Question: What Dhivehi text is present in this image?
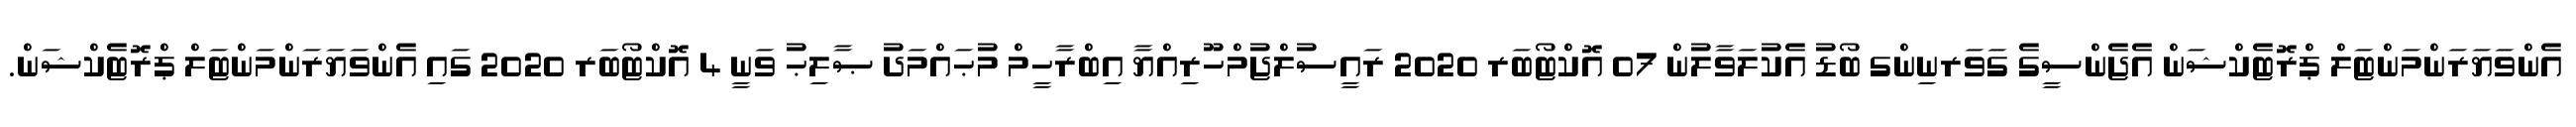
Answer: އެންވަޔަރަންމަންޓަލް ޕްރޮޓެކްޝަން އެޖެންސީގެ ގަވަރނިންގ ބޯޑު އެކުލަވާލުން 07 އޮކްޓޯބަރ 2020 ރައީސުލްޖުމްހޫރިއްޔާ އިބްރާހީމް މުޙައްމަދު ޞާލިޙު ވަނީ 4 އޮކްޓޯބަރ 2020 ގައި އެންވަޔަރަންމަންޓަލް ޕްރޮޓެކްޝަން.